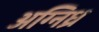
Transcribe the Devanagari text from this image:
अग्निध्र